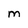
Character: m